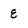
Character: e